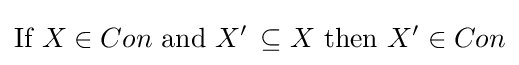
{\mbox{If }}X\in Con{\mbox{ and }}X^{\prime }\,\subseteq X{\mbox{ then }}X^{\prime }\in Con